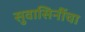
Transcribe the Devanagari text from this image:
सुवासिनींचा